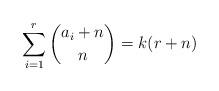
LaTeX: \begin{align*}\sum_{i=1}^r{{a_i+n}\choose n} = k(r+n) \end{align*}